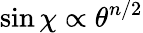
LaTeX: \sin\chi\propto\theta^{n/2}